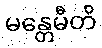
မန္တေမီတိ